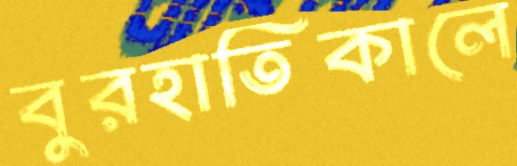
বুরহাতিকালে